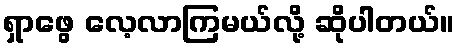
ရှာဖွေ လေ့လာကြမယ်လို့ ဆိုပါတယ်။